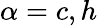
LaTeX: \alpha=c,h